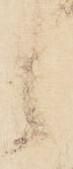
候